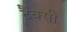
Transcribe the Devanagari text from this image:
टैक्सी